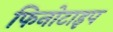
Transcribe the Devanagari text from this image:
फिनोटाइप